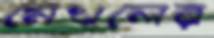
মেখলের